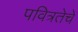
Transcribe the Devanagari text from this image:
पवित्रतेचे